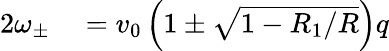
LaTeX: \begin{array}{rl}{2\omega_{\pm}}&{{}=v_{0}\left(1\pm\sqrt{1-R_{1}/R}\right)q}\end{array}